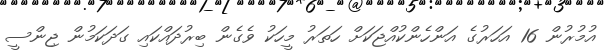
އުމުރުން 16 އަހަރުގެ އަންހެންކުއްޖަކަށް ހަތަރު މީހަކު ވެގެން ބިރުދައްކައި ގަދަކަމުން ޖިންސީ